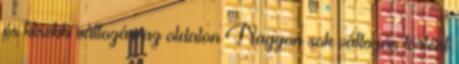
és kisebb változás az oldalon Nagyon sok változás történt